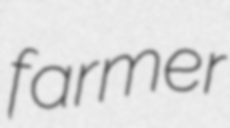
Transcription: farmer